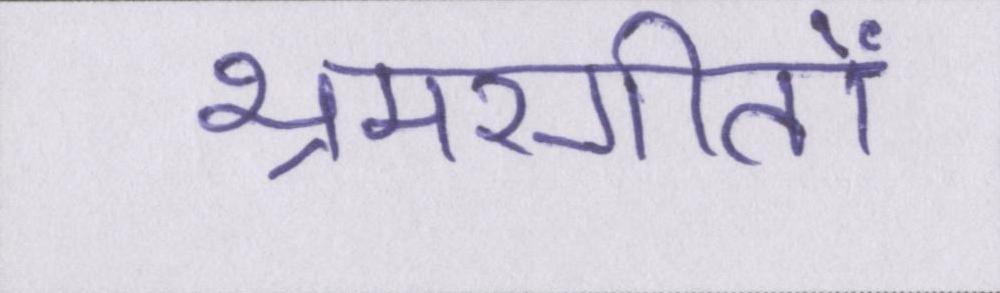
भ्रमरगीतों